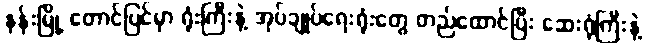
နန်းမြို့ တောင်ပြင်မှာ ရုံးကြီးနဲ့ အုပ်ချုပ်ရေးရုံးတွေ တည်ထောင်ပြီး ဆေးရုံကြီးနဲ့